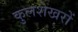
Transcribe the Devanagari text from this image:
कुलशेखरों